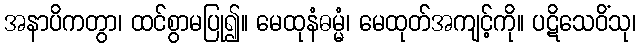
အနာပိကတွာ၊ ထင်စွာမပြု၍။ မေထုနံဓမ္မံ၊ မေထုတ်အကျင့်ကို။ ပဋိသေဝိံသု၊